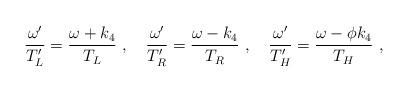
LaTeX: \begin{align*}{\omega'\over T_L'} = {\omega + k_4\over T_L}\ ,\quad {\omega'\over T_R'} = {\omega - k_4\over T_R}\ ,\quad {\omega'\over T_H'} = {\omega -\phi k_4\over T_H}\ ,\end{align*}